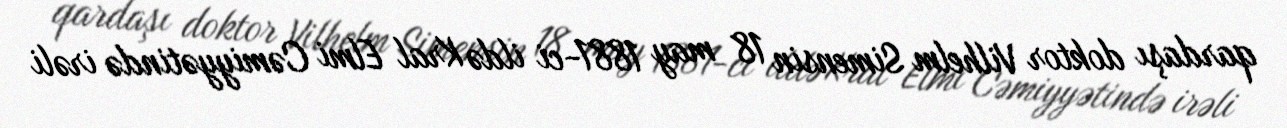
qardaşı doktor Vilhelm Simensin 18 may 1881-ci ildə Kral Elmi Cəmiyyətində irəli